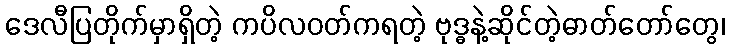
ဒေလီပြတိုက်မှာရှိတဲ့ ကပိလဝတ်ကရတဲ့ ဗုဒ္ဓနဲ့ဆိုင်တဲ့ဓာတ်တော်တွေ၊